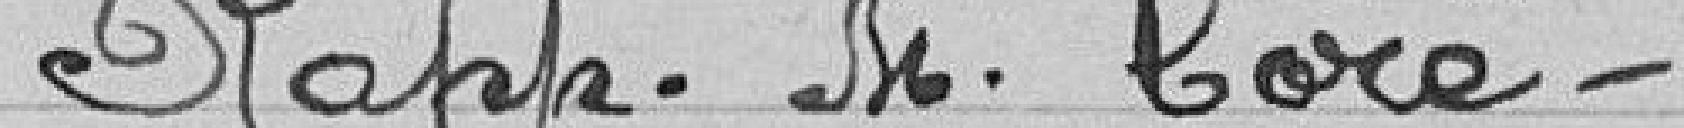
rapporteur monsieur Coré